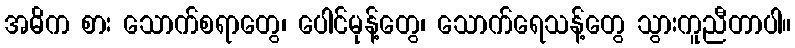
အဓိက စား သောက်စရာတွေ၊ ပေါင်မုန့်တွေ၊ သောက်ရေသန့်တွေ သွားကူညီတာပါ။